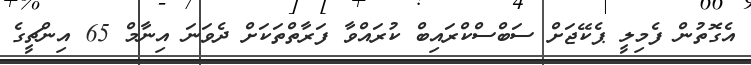
އެގޮތުން ފެމިލީ ޕެކޭޖަށް ސަބްސްކްރައިބް ކުރައްވާ ފަރާތްތަކަށް ދެވަނަ އިނާމް 65 އިންޗީގެ